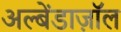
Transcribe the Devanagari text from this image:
अल्बेंडाज़ॉल